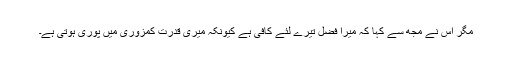
مگر اُس نے مُجھ سے کہا کہ میرا فضل تیرے لِئے کافی ہے کِیُونکہ میری قُدرت کمزوری میں پُوری ہوتی ہے۔